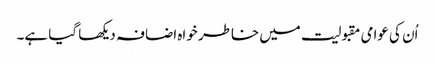
اُن کی عوامی مقبولیت میں خاطر خواہ اضافہ دیکھا گیا ہے۔